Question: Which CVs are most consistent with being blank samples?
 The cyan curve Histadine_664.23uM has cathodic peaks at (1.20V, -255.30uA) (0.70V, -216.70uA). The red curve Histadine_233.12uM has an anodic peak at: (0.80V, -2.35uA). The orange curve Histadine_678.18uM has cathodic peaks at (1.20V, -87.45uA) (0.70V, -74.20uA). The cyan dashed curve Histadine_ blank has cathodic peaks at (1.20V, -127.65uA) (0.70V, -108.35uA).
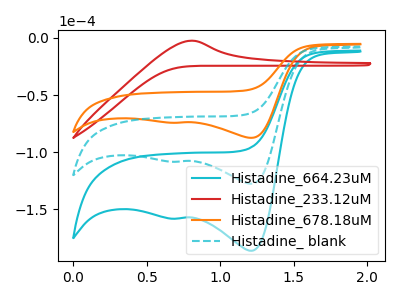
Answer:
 <answer>There are not any CV's on this graph that are likely to be blanks.</answer>
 <eval>none</eval>